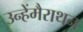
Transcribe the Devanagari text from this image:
उन्हेंमैराथन